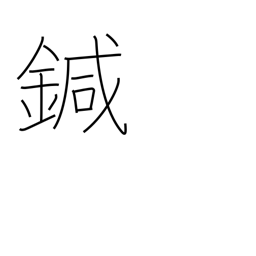
Meaning: needle